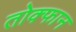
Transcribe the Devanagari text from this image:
तोक्फान